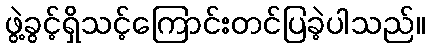
ဖွဲ့ခွင့်ရှိသင့်ကြောင်းတင်ပြခဲ့ပါသည်။